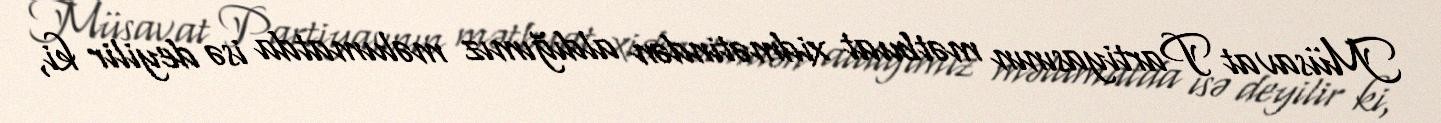
Müsavat Partiyasının mətbuat xidmətindən aldığımız məlumatda isə deyilir ki,